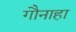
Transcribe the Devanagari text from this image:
गौनाहा